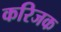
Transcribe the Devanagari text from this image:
करिजक